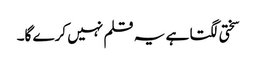
سختی لگتا ہے یہ قلم نہیں کرے گا۔